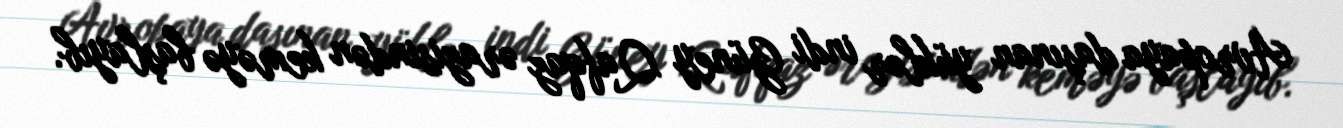
Avropaya daşınan yüklər indi Güney Qafqaz ərazisindən keməyə başlayıb.